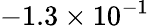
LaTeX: -1.3\times 10^{-1}